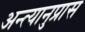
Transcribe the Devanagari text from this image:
अन्त्यानुप्रास